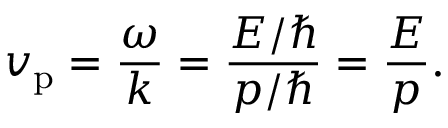
v _ { \mathrm { p } } = { \frac { \omega } { k } } = { \frac { E / \hbar } { p / \hbar } } = { \frac { E } { p } } .